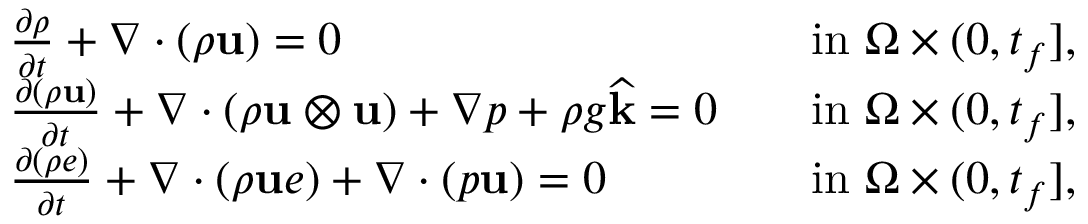
\begin{array} { r l r l } & { \frac { \partial \rho } { \partial t } + \nabla \cdot ( \rho \mathbf u ) = 0 } & & { \mathrm { i n ~ } \Omega \times ( 0 , t _ { f } ] , } \\ & { \frac { \partial ( \rho \mathbf u ) } { \partial t } + \nabla \cdot ( \rho \mathbf u \otimes \mathbf u ) + \nabla p + \rho g \widehat { \mathbf k } = \boldsymbol { 0 } } & & { \mathrm { i n ~ } \Omega \times ( 0 , t _ { f } ] , } \\ & { \frac { \partial ( \rho e ) } { \partial t } + \nabla \cdot ( \rho \mathbf u e ) + \nabla \cdot ( p \mathbf u ) = 0 } & & { \mathrm { i n ~ } \Omega \times ( 0 , t _ { f } ] , } \end{array}